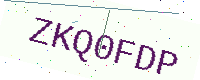
Text: ZKQ0FDP